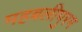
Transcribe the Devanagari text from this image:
महबलीपुरम